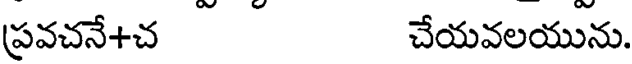
ప్రవచనే+చ చేయవలయును.